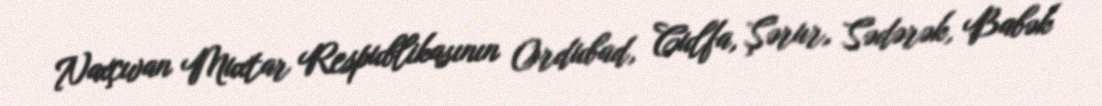
Naxçıvan Muxtar Respublikasının Ordubad, Culfa, Şərur, Sədərək, Babək